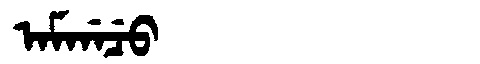
Manchu: ᠠᠮᡤᠠᠴᡠ
Romanization: AMGACU